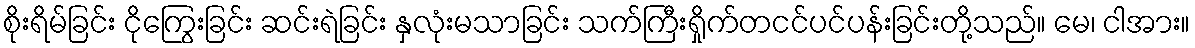
စိုးရိမ်ခြင်း ငိုကြွေးခြင်း ဆင်းရဲခြင်း နှလုံးမသာခြင်း သက်ကြီးရှိုက်တငင်ပင်ပန်းခြင်းတို့သည်။ မေ၊ ငါအား။